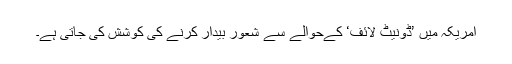
امریکہ میں ’ڈونیٹ لائف‘ کےحوالے سے شعور بیدار کرنے کی کوشش کی جاتی ہے۔